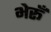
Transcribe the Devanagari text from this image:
भेरूँ